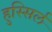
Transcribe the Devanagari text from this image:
हुस्सिर्ल